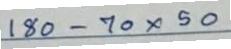
180 - 70x50